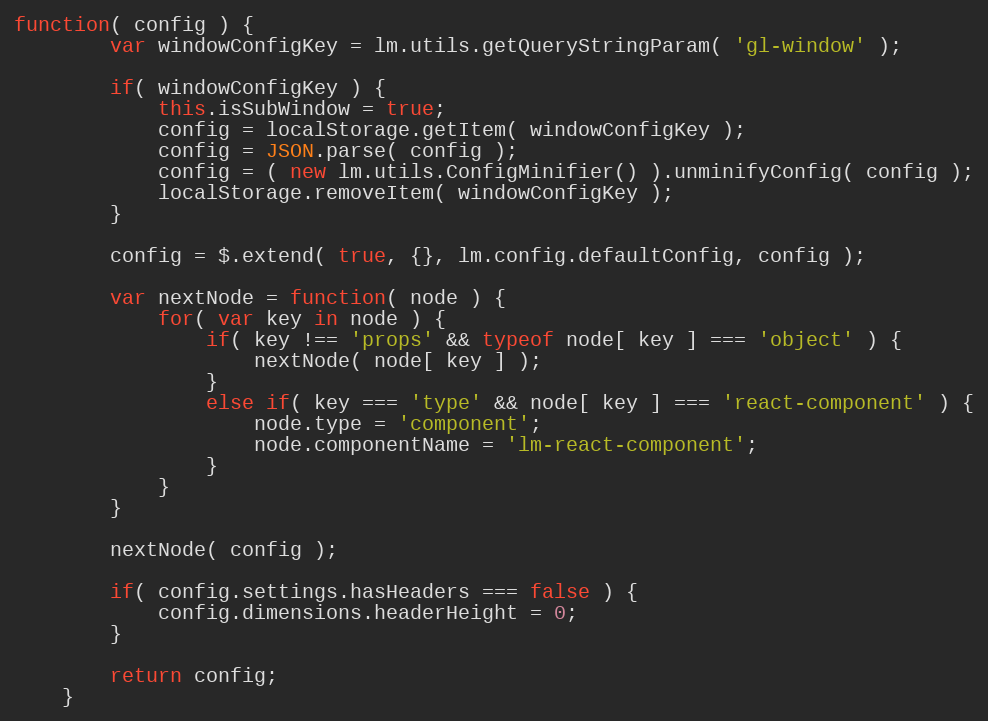
Language: JavaScript
function( config ) {
		var windowConfigKey = lm.utils.getQueryStringParam( 'gl-window' );

		if( windowConfigKey ) {
			this.isSubWindow = true;
			config = localStorage.getItem( windowConfigKey );
			config = JSON.parse( config );
			config = ( new lm.utils.ConfigMinifier() ).unminifyConfig( config );
			localStorage.removeItem( windowConfigKey );
		}

		config = $.extend( true, {}, lm.config.defaultConfig, config );

		var nextNode = function( node ) {
			for( var key in node ) {
				if( key !== 'props' && typeof node[ key ] === 'object' ) {
					nextNode( node[ key ] );
				}
				else if( key === 'type' && node[ key ] === 'react-component' ) {
					node.type = 'component';
					node.componentName = 'lm-react-component';
				}
			}
		}

		nextNode( config );

		if( config.settings.hasHeaders === false ) {
			config.dimensions.headerHeight = 0;
		}

		return config;
	}